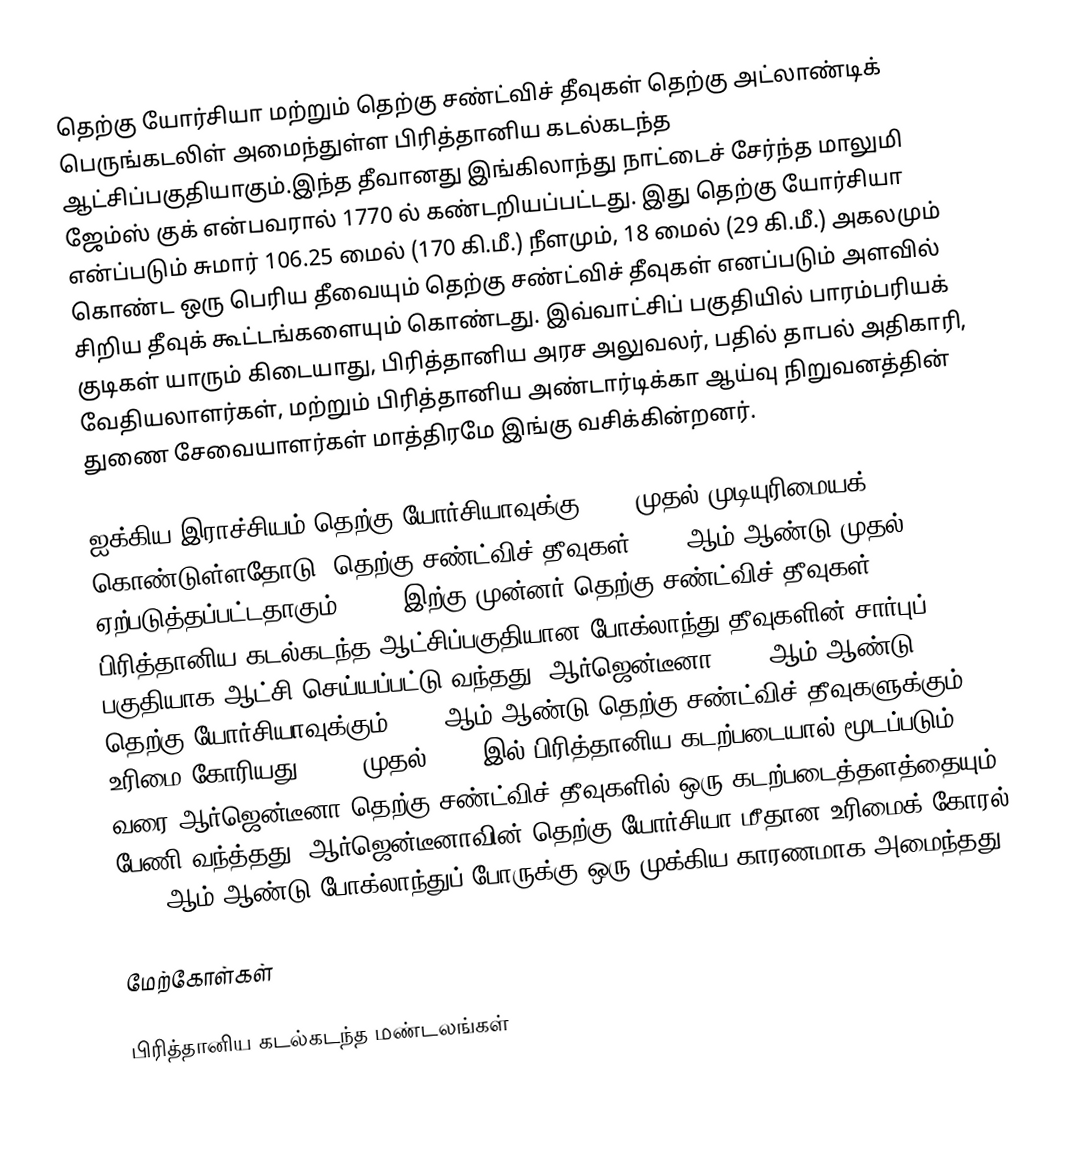
தெற்கு யோர்சியா மற்றும் தெற்கு சண்ட்விச் தீவுகள் தெற்கு அட்லாண்டிக் பெருங்கடலிள் அமைந்துள்ள பிரித்தானிய கடல்கடந்த ஆட்சிப்பகுதியாகும்.இந்த தீவானது இங்கிலாந்து நாட்டைச் சேர்ந்த மாலுமி ஜேம்ஸ் குக் என்பவரால் 1770 ல் கண்டறியப்பட்டது. இது தெற்கு யோர்சியா என்ப்படும் சுமார் 106.25 மைல் (170 கி.மீ.) நீளமும், 18 மைல்  (29 கி.மீ.) அகலமும் கொண்ட ஒரு பெரிய தீவையும் தெற்கு சண்ட்விச் தீவுகள் எனப்படும் அளவில் சிறிய தீவுக் கூட்டங்களையும் கொண்டது. இவ்வாட்சிப் பகுதியில் பாரம்பரியக் குடிகள் யாரும் கிடையாது, பிரித்தானிய அரச அலுவலர், பதில் தாபல் அதிகாரி, வேதியலாளர்கள், மற்றும் பிரித்தானிய அண்டார்டிக்கா ஆய்வு நிறுவனத்தின் துணை சேவையாளர்கள் மாத்திரமே இங்கு வசிக்கின்றனர்.

ஐக்கிய இராச்சியம் தெற்கு யோர்சியாவுக்கு 1775 முதல் முடியுரிமையக் கொண்டுள்ளதோடு, தெற்கு சண்ட்விச் தீவுகள் 1985 ஆம் ஆண்டு முதல் ஏற்படுத்தப்பட்டதாகும். 1985 இற்கு முன்னர் தெற்கு சண்ட்விச் தீவுகள் பிரித்தானிய கடல்கடந்த ஆட்சிப்பகுதியான போக்லாந்து தீவுகளின் சார்புப் பகுதியாக ஆட்சி செய்யப்பட்டு வந்தது. ஆர்ஜென்டீனா 1927 ஆம் ஆண்டு  தெற்கு யோர்சியாவுக்கும் 1938 ஆம் ஆண்டு  தெற்கு சண்ட்விச் தீவுகளுக்கும் உரிமை கோரியது. 1976 முதல் 1982 இல் பிரித்தானிய கடற்படையால் மூடப்படும் வரை ஆர்ஜென்டீனா தெற்கு சண்ட்விச் தீவுகளில் ஒரு கடற்படைத்தளத்தையும் பேணி வந்த்தது. ஆர்ஜென்டீனாவின் தெற்கு யோர்சியா மீதான உரிமைக் கோரல் 1982 ஆம் ஆண்டு போக்லாந்துப் போருக்கு ஒரு முக்கிய காரணமாக அமைந்தது.

மேற்கோள்கள்

பிரித்தானிய கடல்கடந்த மண்டலங்கள்